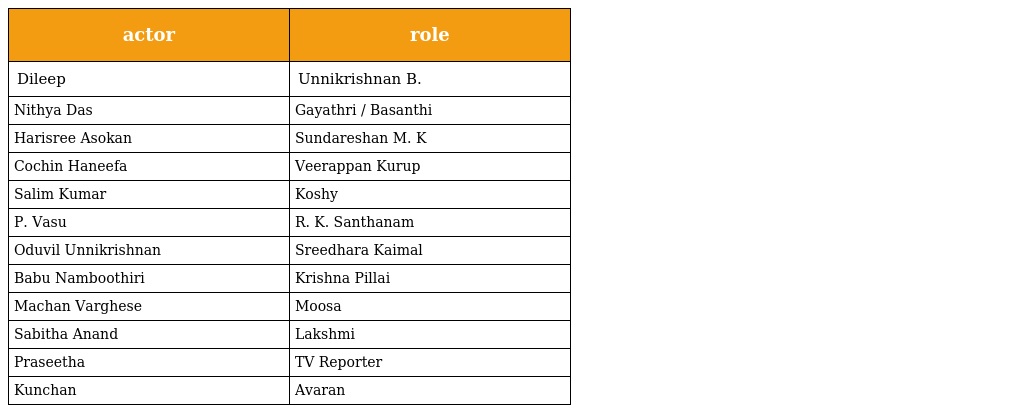
| actor | role |
 | --- | --- |
 | Dileep | Unnikrishnan B. |
 | Nithya Das | Gayathri / Basanthi |
 | Harisree Asokan | Sundareshan M. K |
 | Cochin Haneefa | Veerappan Kurup |
 | Salim Kumar | Koshy |
 | P. Vasu | R. K. Santhanam |
 | Oduvil Unnikrishnan | Sreedhara Kaimal |
 | Babu Namboothiri | Krishna Pillai |
 | Machan Varghese | Moosa |
 | Sabitha Anand | Lakshmi |
 | Praseetha | TV Reporter |
 | Kunchan | Avaran |